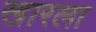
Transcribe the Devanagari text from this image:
खारला